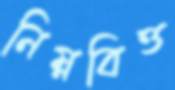
নিম্নবিত্ত